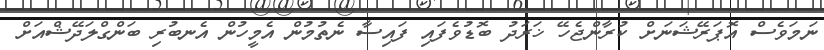
ނަމަވެސް އޮޕަރޭޝަނަށް ކުރާންޖެހޭ ޚަރަދު ބޮޑުވެފައި ފައިސާ ނެތުމުން އެމީހުން އެނބުރި ބަންގްލަދޭޝްއަށް